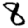
Digit: 8